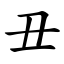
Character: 丑